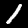
Digit: 1